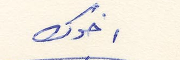
اخوك